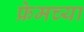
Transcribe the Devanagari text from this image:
फ्रेमच्या